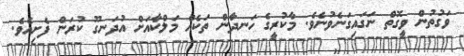
ވަގުތުން ވީގޮތް ނަގައިގަނެވުނެވެ. މާކުރީގެ ހަނދާން ތަކެއް މަލްކާއަށް އުދަނގޫ ކުރަން ފެށިއެވެ.